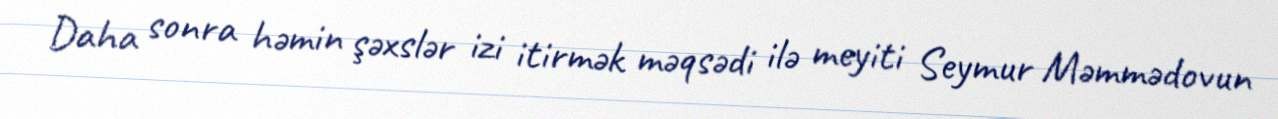
Daha sonra həmin şəxslər izi itirmək məqsədi ilə meyiti Seymur Məmmədovun